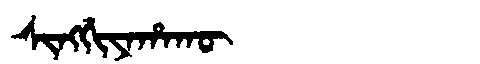
Manchu: ᠰᡳᠩᡤᡳᠶᠠᡥᠠᡴᡡ
Romanization: SINGGIYAHAKŪ